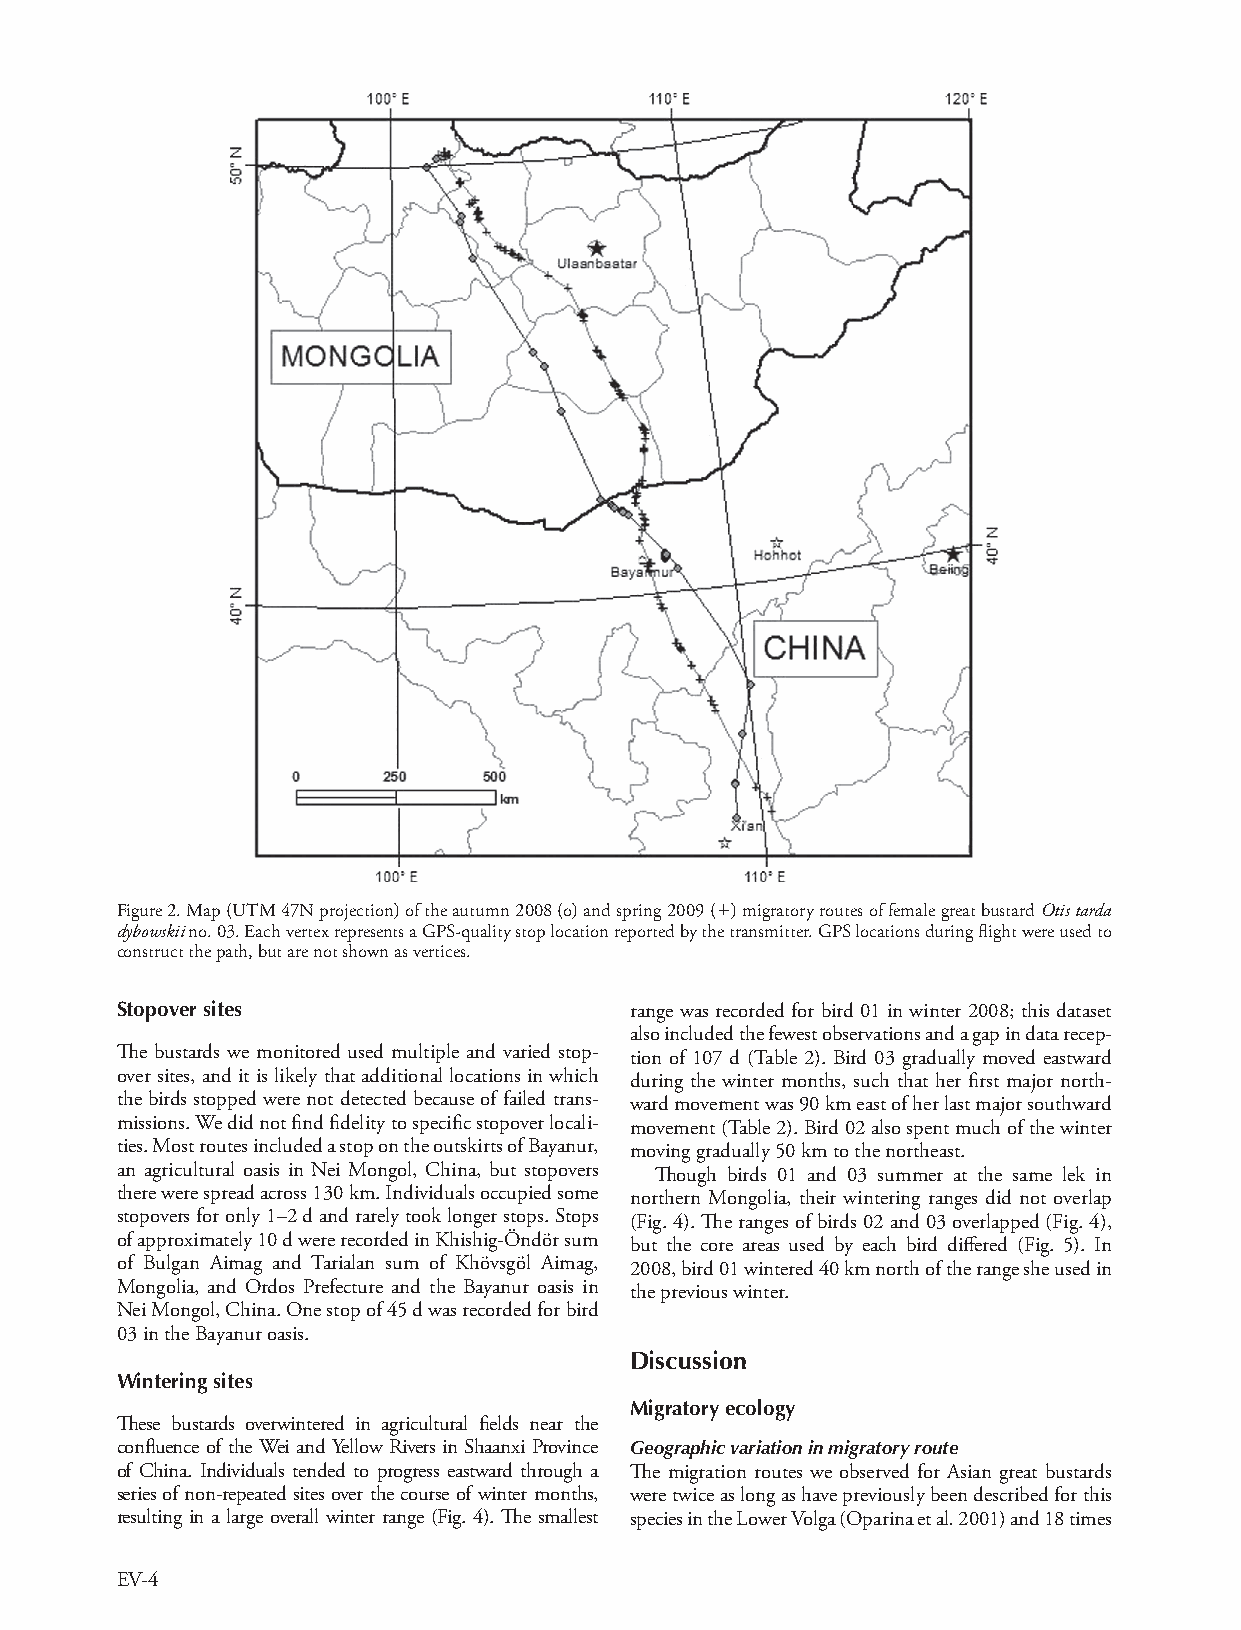
Figure 2. Map (UTM 47N projection) of the autumn 2008 (o) and spring 2009 () migratory routes of female great bustard Otis tarda
 dybowskii no. 03. Each vertex represents a GPS-quality stop location reported by the transmitter. GPS locations during flight were used to
 construct the path, but are not shown as vertices.
 Stopover sites                    range was recorded for bird 01 in winter 2008; this dataset
 also included the fewest observations and a gap in data recep-
 The bustards we monitored used multiple and varied stop- tion of 107 d (Table 2). Bird 03 gradually moved eastward
 over sites, and it is likely that additional locations in which during the winter months, such that her first major north-
 the birds stopped were not detected because of failed trans- ward movement was 90 km east of her last major southward
 missions. We did not find fidelity to specific stopover locali- movement (Table 2). Bird 02 also spent much of the winter
 ties. Most routes included a stop on the outskirts of Bayanur, moving gradually 50 km to the northeast.
 an agricultural oasis in Nei Mongol, China, but stopovers Though birds 01 and 03 summer at the same lek in
 there were spread across 130 km. Individuals occupied some northern Mongolia, their wintering ranges did not overlap
 stopovers for only 1–2 d and rarely took longer stops. Stops (Fig. 4). The ranges of birds 02 and 03 overlapped (Fig. 4),
 of approximately 10 d were recorded in Khishig-Öndör sum but the core areas used by each bird differed (Fig. 5). In
 of Bulgan Aimag and Tarialan sum of Khövsgöl Aimag, 2008, bird 01 wintered 40 km north of the range she used in
 Mongolia, and Ordos Prefecture and the Bayanur oasis in the previous winter.
 Nei Mongol, China. One stop of 45 d was recorded for bird
 03 in the Bayanur oasis.
 Discussion
 Wintering sites
 Migratory ecology
 These bustards overwintered in agricultural fields near the
 confluence of the Wei and Yellow Rivers in Shaanxi Province Geographic variation in migratory route
 of China. Individuals tended to progress eastward through a The migration routes we observed for Asian great bustards
 series of non-repeated sites over the course of winter months, were twice as long as have previously been described for this
 resulting in a large overall winter range (Fig. 4). The smallest species in the Lower Volga (Oparina et al. 2001) and 18 times
 EV-4